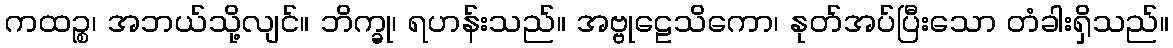
ကထဉ္စ၊ အဘယ်သို့လျင်။ ဘိက္ခု၊ ရဟန်းသည်။ အဗ္ဗုဠေသိကော၊ နုတ်အပ်ပြီးသော တံခါးရှိသည်။